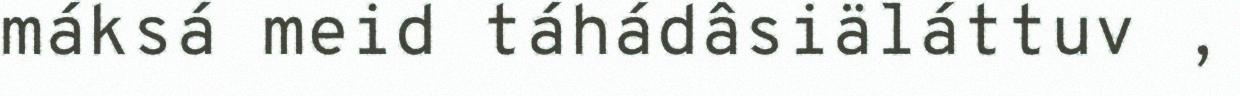
máksá meid táhádâsiäláttuv ,